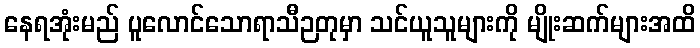
နေရအုံးမည် ပူလောင်သောရာသီဉတုမှာ သင်ယူသူများကို မျိုးဆက်များအထိ